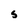
Character: s